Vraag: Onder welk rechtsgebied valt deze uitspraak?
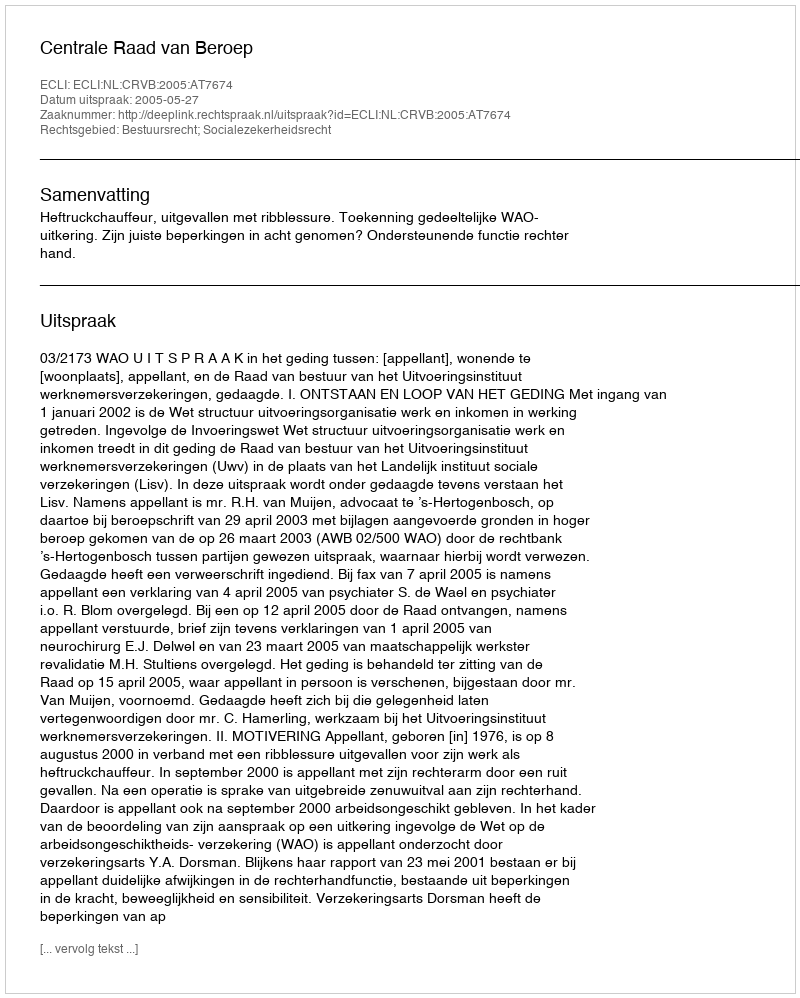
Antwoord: Bestuursrecht; Socialezekerheidsrecht